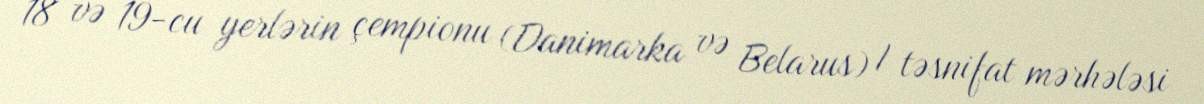
18 və 19-cu yerlərin çempionu (Danimarka və Belarus) I təsnifat mərhələsi